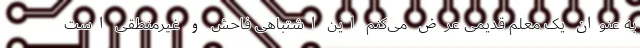
به عنوان یک معلم قدیمی عرض می‌کنم این اشتباهی فاحش و غیرمنطقی است